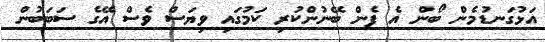
އަޅުގަނޑުމެން ބޯން އެ ފެން ބޭނުންކުރި ކަމުގައި ވިޔަސް ވެސް އޭގެ ސަބަބުން